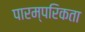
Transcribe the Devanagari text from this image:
पारम्परिकता